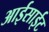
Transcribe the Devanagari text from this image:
आईसाईट